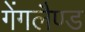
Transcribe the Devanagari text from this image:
गेंगलैण्ड